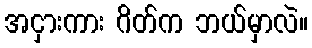
အငှားကား ဂိတ်က ဘယ်မှာလဲ။